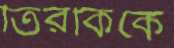
তিরকিকে